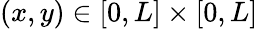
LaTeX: (x,y)\in\left[0,L\right]\times\left[0,L\right]